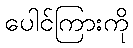
ပေါင်ကြားကို